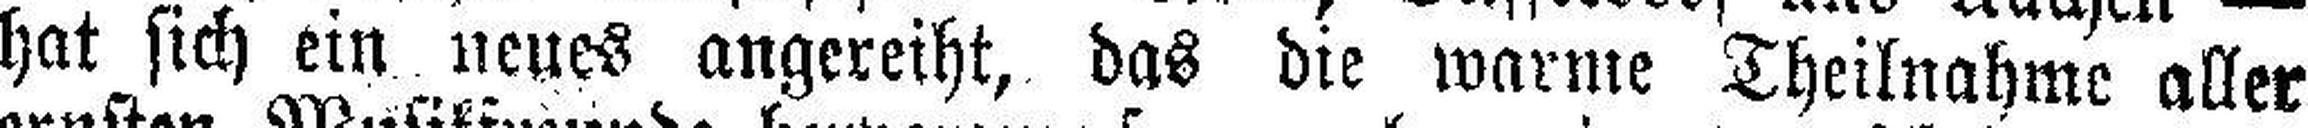
hat sich ein neues angereiht, das die warme Theilnahme aller